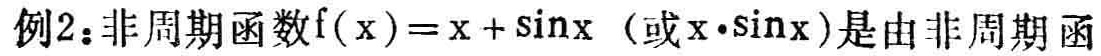
例2：非周期函数\(f(x)=x + \sin x\)（或\(x\cdot\sin x\)）是由非周期函